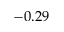
- 0 . 2 9